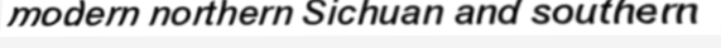
modern northern Sichuan and southern